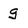
Character: g